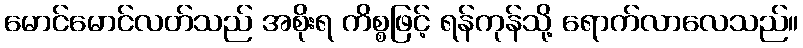
မောင်မောင်လတ်သည် အစိုးရ ကိစ္စဖြင့် ရန်ကုန်သို့ ရောက်လာလေသည်။